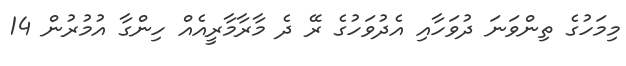
މިމަހުގެ ތިންވަނަ ދުވަހާއި އެދުވަހުގެ ރޭ ދެ މާރާމާރީއެއް ހިންގާ އުމުރުން 14